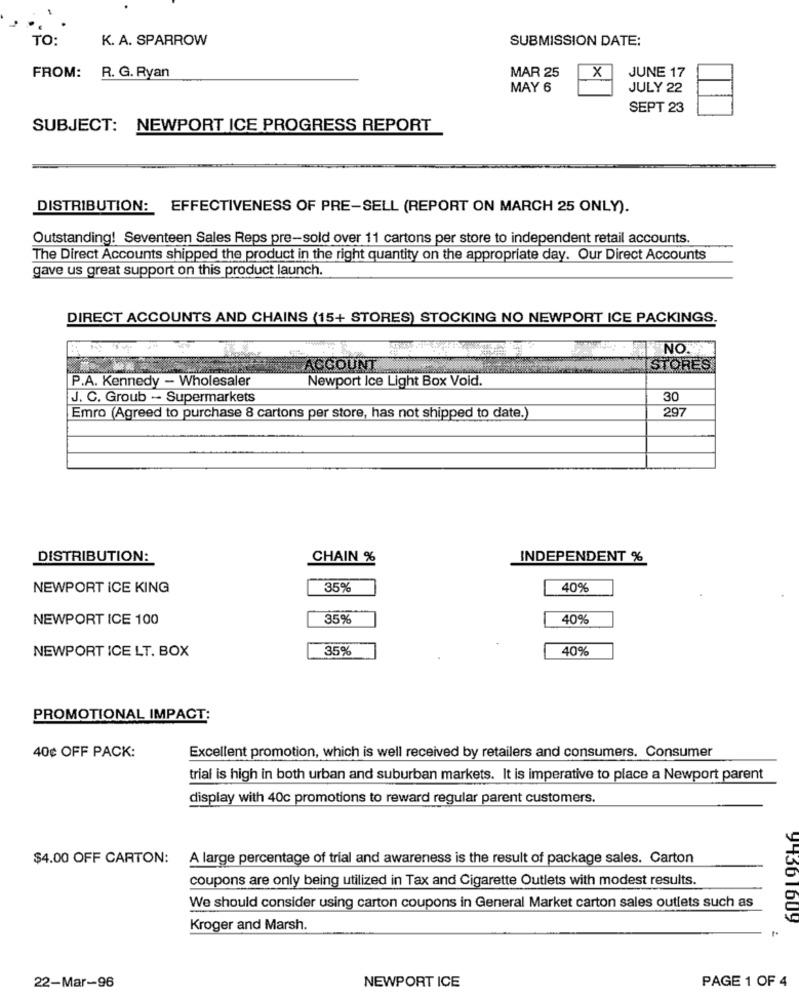
TO:
K. A. SPARROW
SUBMISSION DATE:
FROM:
R. G. Ryan
MAR 25
X
JUNE 17
MAY 6
JULY 22
SEPT 23
SUBJECT: NEWPORT ICE PROGRESS REPORT
DISTRIBUTION: EFFECTIVENESS OF PRE-SELL (REPORT ON MARCH 25 ONLY).
Outstanding! Seventeen Sales Reps pre-sold over 11 cartons per store to independent retail accounts.
The Direct Accounts shipped the product in the right quantity on the appropriate day. Our Direct Accounts
gave us great support on this product launch.
DIRECT ACCOUNTS AND CHAINS (15+ STORES) STOCKING NO NEWPORT ICE PACKINGS.
NO.F
ACCOUNT
STORES
P.A. Kennedy - Wholesaler
Newport Ice Light Box Void.
J. C. Groub - Supermarkets
30
297
Emro (Agreed to purchase 8 cartons per store, has not shipped to date.
DISTRIBUTION:
CHAIN %
INDEPENDENT %
NEWPORT ICE KING
35%
40%
NEWPORT ICE 100
35%
40%
NEWPORT ICE LT. BOX
35%
40%
PROMOTIONAL IMPACT:
40¢ OFF PACK:
Excellent promotion, which is well received by retailers and consumers. Consumer
trial is high in both urban and suburban markets. It is imperative to place a Newport parent
display with 40c promotions to reward regular parent customers.
$4.00 OFF CARTON:
A large percentage of trial and awareness is the result of package sales. Carton
coupons are only being utilized in Tax and Cigarette Outlets with modest results.
We should consider using carton coupons in General Market carton sales outlets such as
Kroger and Marsh.
91361609
22-Mar-96
NEWPORT ICE
PAGE 1 OF 4